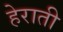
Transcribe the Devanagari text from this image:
हेराती